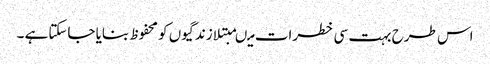
اس طرح بہت سی خطرات میںمبتلا زندگیوں کو محفوظ بنایا جاسکتاہے ۔